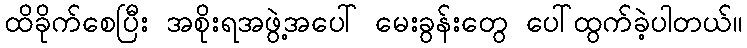
ထိခိုက်စေပြီး အစိုးရအဖွဲ့အပေါ် မေးခွန်းတွေ ပေါ်ထွက်ခဲ့ပါတယ်။